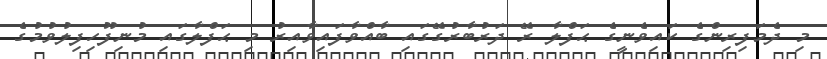
މި ދެމަފިރިންގެ ކައިވެނީގެ ޙަފްލާ ރޭ ދަރުބާރުގޭގައި ބާއްވާފައިވާއިރު މި ޙަފްލާގައި މުނިފޫހިފިލުވުމުގެ